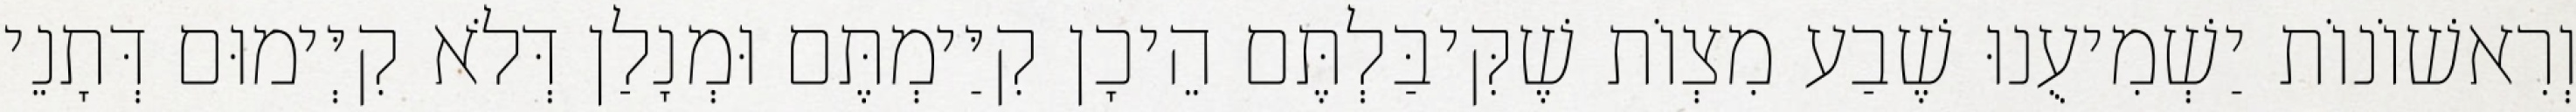
וְרִאשׁוֹנוֹת יַשְׁמִיעֻנוּ שֶׁבַע מִצְוֹת שֶׁקִּיבַּלְתֶּם הֵיכָן קִיַּימְתֶּם וּמְנָלַן דְּלֹא קִיְּימוּם דְּתָנֵי